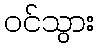
ဝင်သွား